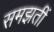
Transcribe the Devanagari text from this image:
समझतीं